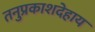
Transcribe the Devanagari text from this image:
तनुप्रकाशदेहाय